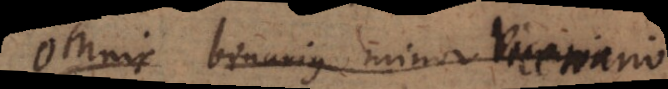
Omnis binarius minor vicenario